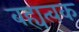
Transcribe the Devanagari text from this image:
बह्यत्वक